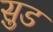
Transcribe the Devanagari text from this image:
सु़ड